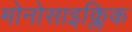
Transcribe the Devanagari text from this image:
मोनोसाइक्लिक